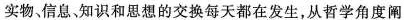
实物，信息，知识和思想的交换每天都在发生，从哲学角度阐